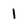
Character: 1